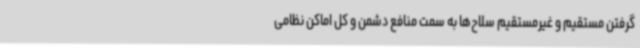
گرفتن مستقیم و غیرمستقیم سلاح‌ها به سمت منافع دشمن و کل اماکن نظامی